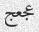
عجعج